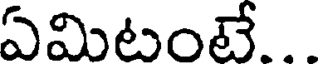
ఏమిటంటే